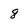
Character: 8